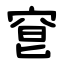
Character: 䆞